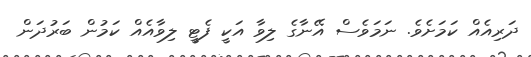
ދަރިއެއް ކަމަށެވެ. ނަމަވެސް އޭނާގެ ލިވާ އަކީ ފެޓީ ލިވާއެއް ކަމުން ބަރުދަން